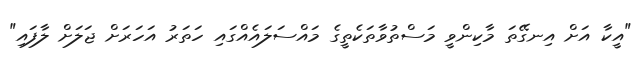
"އީކާ އަށް އިނގޭތަ މާކިންވީ މަސްތުވާތަކެތީގެ މައްސަލައެއްގައި ހަތަރު އަހަރަށް ޖަލަށް ލާފައި"